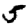
Digit: 5